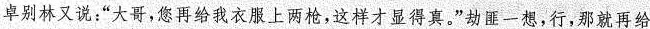
卓别林又说：“大哥，您再给我衣服上两枪，这样才显得真。”劫匪一想，行，那就再给